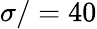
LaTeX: \sigma/=40